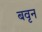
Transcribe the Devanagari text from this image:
बवृन